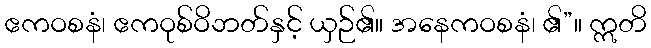
ဧကဝစနံ၊ ဧကဝုစ်ဝိဘတ်နှင့် ယှဉ်၏။ အနေကဝစနံ၊ ၏”။ ဣတိ